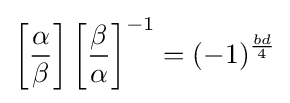
\left[{\frac {\alpha }{\beta }}\right]\left[{\frac {\beta }{\alpha }}\right]^{-1}=(-1)^{\frac {bd}{4}}